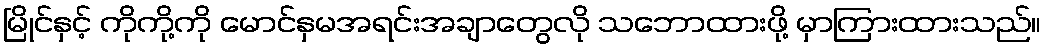
မြိုင်နှင့် ကိုကို့ကို မောင်နှမအရင်းအချာတွေလို သဘောထားဖို့ မှာကြားထားသည်။